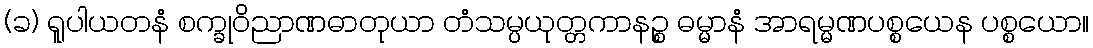
(ခ) ရူပါယတနံ စက္ခုဝိညာဏဓာတုယာ တံသမ္ပယုတ္တကာနဉ္စ ဓမ္မာနံ အာရမ္မဏပစ္စယေန ပစ္စယော။